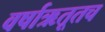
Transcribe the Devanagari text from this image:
वर्षाऋतूतच